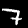
Digit: 7